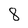
Character: 8